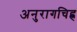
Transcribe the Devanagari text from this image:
अनुरागचिह्न